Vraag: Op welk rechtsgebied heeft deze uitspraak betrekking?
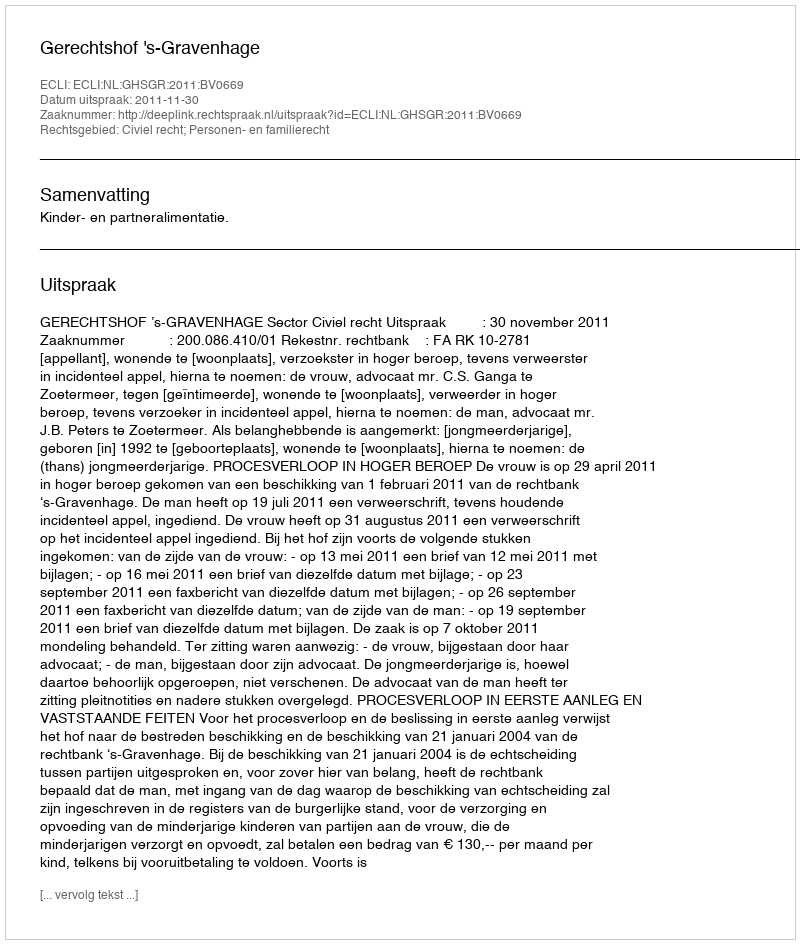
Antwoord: Civiel recht; Personen- en familierecht